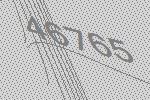
46765